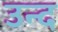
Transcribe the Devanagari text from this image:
उन्द